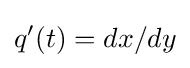
q'(t)=dx/dy